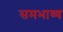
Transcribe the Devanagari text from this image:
समभाव्य